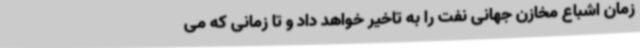
زمان اشباع مخازن جهانی نفت را به تاخیر خواهد داد و تا زمانی که می